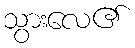
သွားလေ၏